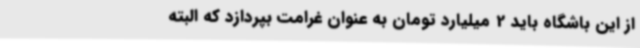
از این باشگاه باید 2 میلیارد تومان به عنوان غرامت بپردازد که البته